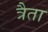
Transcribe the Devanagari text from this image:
त्रैता